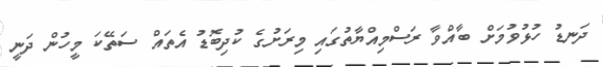
ދަނޑު ހުޅުވުމަށް ބާއްވާ ރަސްމިއްޔާތުގައި މިރަށުގެ ކުދިބޮޑު އެތައް ސަތޭކަ މީހުން ދަނީ